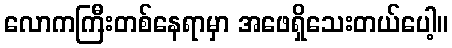
လောကကြီးတစ်နေရာမှာ အဖေရှိသေးတယ်ပေါ့။